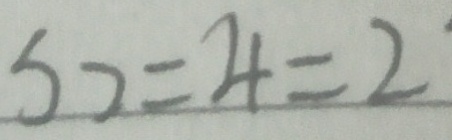
S 2 = 4 = 2